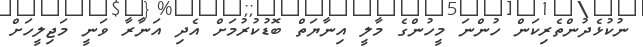
ނުކުޅެދުންތެރިކަން ހުންނަ މީހުންގެ މާލީ އިނާޔަތް ބޮޑުކުރުމަށް އެދި އަނާރާ ވަނީ މަޖިލީހަށް